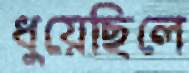
ধুয়েছিলে